Report on vaccination in Madras 1922-1929 - 1922-1929
Year: 1922
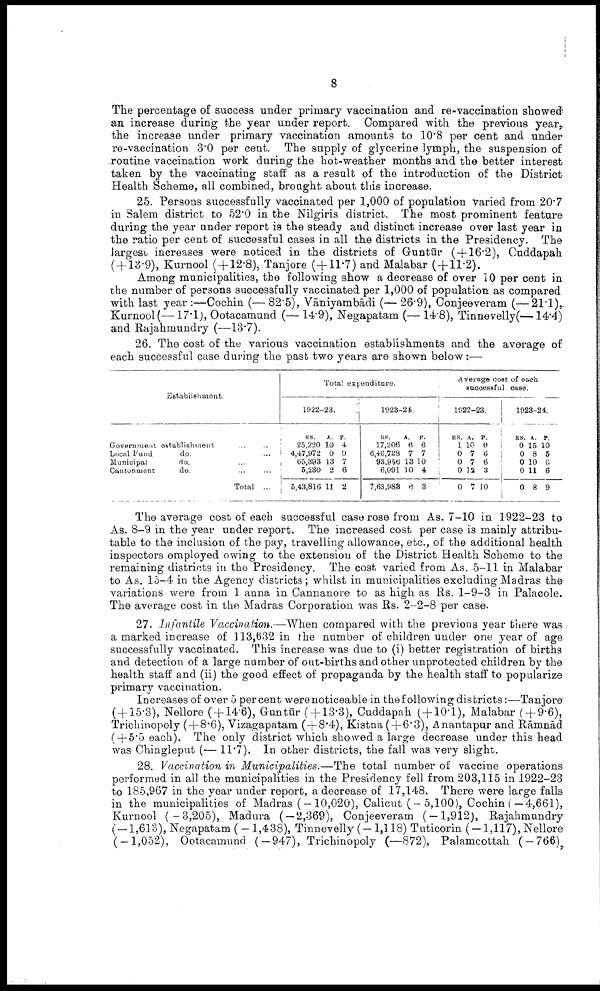
8
The percentage of success under primary vaccination and re-vaccination showed
an increase during the year under report. Compared with the previous year,
the increase under primary vaccination amounts to 10.8 per cent and under
re-vaccination 3.0 per cent. The supply of glycerine lymph, the suspension of
routine vaccination work during the hot-weather months and the better interest
taken by the vaccinating staff as a result of the introduction of the District
Health Scheme, all combined, brought about this increase.
25. Persons successfully vaccinated per 1,000 of population varied from 20.7
in Salem district to 52.0 in the Nilgiris district. The most prominent feature
during the year under report is the steady and distinct increase over last year in
the ratio per cent of successful cases in all the districts in the Presidency. The
largest increases were noticed in the districts of Guntūr (+16.2), Cuddapah
(+13.9), Kurnool (+12.8), Tanjore (+11.7) and Malabar ( + 11.2).
Among municipalities, the following show a decrease of over 10 per cent in
the number of persons successfully vaccinated per 1,000 of population as compared
with last year :—Cochin (— 82.5), Vāniyambādi (— 26.9), Conjeeveram (—21.1),
Kurnool (—17.1), Ootacamund (— 14.9), Negapatam (— 14.8), Tinnevelly(—14.4)
and Rajahmundry (—13.7).
26. The cost of the various vaccination establishments and the average of
each successful case during the past two years are shown below:—
Establishment.
Government establishment ... ...
Local fund
do. ... ...
Municipal
do. ... ...
Cantonment
do. ... ...
Total ...
Total expenditure.
1922-23.
RS.
25,220
4,47,972
65,393
5,230
5,43,816
A.
10
0
13
2
11
P.
4
9
7
6
2
1923-24.
RS.
17,206
6,46,728
93,956
6,091
7,63,988
A.
6
7
13
10
6
P.
6
7
10
4
3
Average cost of each
successful case.
1922-23.
RS.
1
0
0
0
0
A.
10
7
7
12
7
P.
0
6
6
3
10
1923-24.
RS.
0
0
0
0 0
A.
15
8
10
11
8
P.
10
5
6
6
9
The average cost of each successful case rose from As. 7-10 in 1922-23 to
As. 8-9 in the year under report. The increased cost per case is mainly attribu
table to the inclusion of the pay, travelling allowance, etc., of the additional health
inspectors employed owing to the extension of the District Health Scheme to the
remaining districts in the Presidency. The cost varied from As. 5-11 in Malabar
to As. 15-4 in the Agency districts; whilst in municipalities excluding Madras the
variations were from 1 anna in Cannanore to as high as Rs. 1-9-3 in Palacole.
The average cost in the Madras Corporation was Rs. 2-2-8 per case.
27. Infantile Vaccination.—When compared with the previous year there was
a marked increase of 113,632 in the number of children under one year of age
successfully vaccinated. This increase was due to (i) better registration of births
and detection of a large number of out-births and other unprotected children by the
health staff and (ii) the good effect of propaganda by the health staff to popularize
primary vaccination.
Increases of over 5 per cent were noticeable in the following districts:—Tanjore
(+15.3), Nellore ( + 14.6), Guntūr ( + 13.3), Cuddapah (+10.1), Malabar ( + 9.6),
Trichinopoly (+8.6), Vizagapatam ( + 8.4), Kistna (+6.3), Anantapur and Rāmnād
(+5.5 each). The only district which showed a large decrease under this head
was Chingleput (— 11.7). In other districts, the fall was very slight.
28. Vaccination in Municipalities.—The total number of vaccine operations
performed in all the municipalities in the Presidency fell from 203,115 in 1922-23
to 185,967 in the year under report, a decrease of 17,148. There were large falls
in the municipalities of Madras (-10,020), Calicut (-5,100), Cochin (—4,661),
Kurnool (—3,205), Madura ( — 2,369), Conjeeveram ( — 1,912), Rajahmundry
( — 1,613), Negapatam ( - 1,438), Tinnevelly (-1,118) Tuticorin (-1,117), Nellore
(-1,052), Ootacamund (-947), Trichinopoly (—872), Palamcottah (-766),